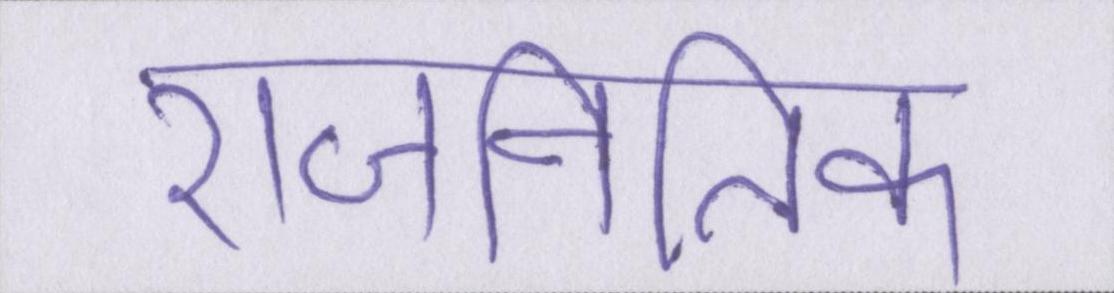
राजनितिक